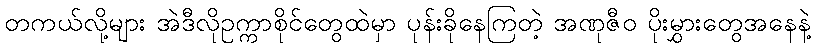
တကယ်လို့များ အဲဒီလိုဥက္ကာစိုင်တွေထဲမှာ ပုန်းခိုနေကြတဲ့ အဏုဇီဝ ပိုးမွှားတွေအနေနဲ့